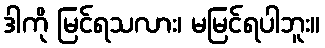
ဒါကို မြင်ရသလား၊ မမြင်ရပါဘူး။